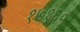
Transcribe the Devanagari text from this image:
१७१६०